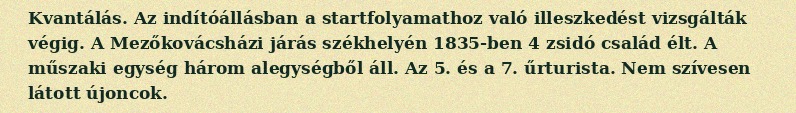
Kvantálás. Az indítóállásban a startfolyamathoz való illeszkedést vizsgálták végig. A Mezőkovácsházi járás székhelyén 1835-ben 4 zsidó család élt. A műszaki egység három alegységből áll. Az 5. és a 7. űrturista. Nem szívesen látott újoncok.